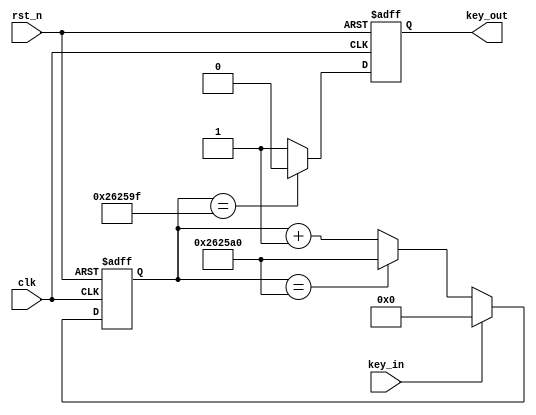
// 

module key_filter
#(
    parameter SYS_CLK = 50_000_000, // default to 50 MHz
    parameter FILTER_TIME = 50 // , default to 50 ms
)
(
    input clk,
    input rst_n,
    input key_in,
    output reg key_out
);

    // :
    localparam
        CLK_TIME = 1_000_000_000 / SYS_CLK, // ns
        CLK_MAX = FILTER_TIME * 1_000_000 / CLK_TIME, // 
        CNT_WIDTH = $clog2(CLK_MAX + 1); // 

    localparam [CNT_WIDTH-1:0] CNT_0 = 0;
    localparam [CNT_WIDTH-1:0] CNT_MAX = CLK_MAX;

    reg [CNT_WIDTH-1:0] cnt;

    always @ (posedge clk or negedge rst_n) begin
        if (! rst_n) begin
            cnt <= CNT_0;
        end else begin
            if (key_in == 1'b1) begin
                // key unpressed, keep 0:
                cnt <= CNT_0;
            end else begin
                // key pressed, cnt = 0, 1, 2, ... , MAX-1, MAX, MAX, ... 
                cnt <= (cnt == CNT_MAX) ? CLK_MAX : cnt + 1;
            end
        end
    end

    always @ (posedge clk or negedge rst_n) begin
        if (! rst_n) begin
            key_out <= 1'b1;
        end else begin
            // key out is triggered at MAX-1:
            key_out <= (cnt == CNT_MAX - 1) ? 1'b0 : 1'b1;
        end
    end
endmodule